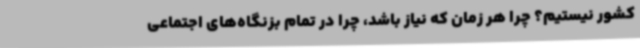
کشور نیستیم؟ چرا هر زمان که نیاز باشد، چرا در تمام بزنگاه‌های اجتماعی